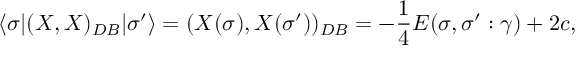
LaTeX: \langle \sigma | ( X , X ) _ { D B } | \sigma ^ { \prime } \rangle = ( X ( \sigma ) , X ( \sigma ^ { \prime } ) ) _ { D B } = - \frac { 1 } { 4 } E ( \sigma , \sigma ^ { \prime } : \gamma ) + 2 c ,